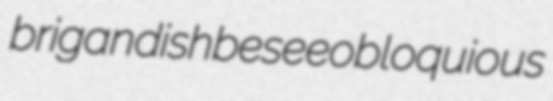
brigandish besee obloquious